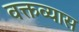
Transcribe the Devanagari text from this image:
वक्तव्यास